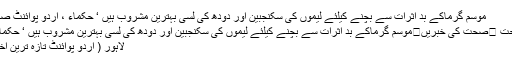
موسم گرماکے بد اثرات سے بچنے کیلئے لیموں کی سکنجبین اور دودھ کی لسی بہترین مشروب ہیں ‘ حکماء ، اُردو پوائنٹ صحت
صحت ⬅صحت کی خبریں⬅موسم گرماکے بد اثرات سے بچنے کیلئے لیموں کی سکنجبین اور دودھ کی لسی بہترین مشروب ہیں ‘ حکماء ..
لاہور ( اُردو پوائنٹ تازہ ترین اخبار۔